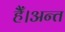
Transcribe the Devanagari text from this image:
हैँ।अन्त